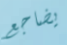
يضاجع